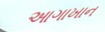
આગાખાન